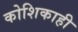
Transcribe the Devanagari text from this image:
कोशिकाही